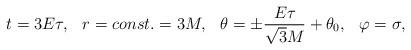
LaTeX: \begin{align*}t = 3E\tau , \hspace{0.3cm} r = const. = 3M,\hspace{0.3cm} \theta = \pm \frac{E\tau}{\sqrt{3}M} + \theta_{0} ,\hspace{0.3cm} \varphi = \sigma ,\end{align*}